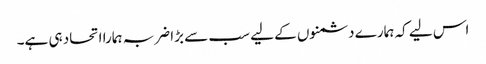
اس لیے کہ ہمارے دشمنوں کے لیے سب سے بڑا ضربہ ہمارا اتحاد ہی ہے۔